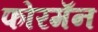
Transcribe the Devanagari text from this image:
फोरमॅन